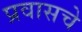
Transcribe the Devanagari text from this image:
प्रवासचे